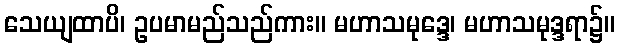
သေယျထာပိ၊ ဥပမာမည်သည်ကား။ မဟာသမုဒ္ဒေ၊ မဟာသမုဒ္ဒရာ၌။